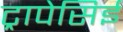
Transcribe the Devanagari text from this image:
ट्रापेसिई